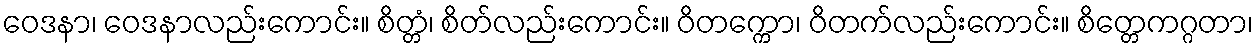
ဝေဒနာ၊ ဝေဒနာလည်းကောင်း။ စိတ္တံ၊ စိတ်လည်းကောင်း။ ဝိတက္ကော၊ ဝိတက်လည်းကောင်း။ စိတ္တေကဂ္ဂတာ၊